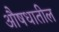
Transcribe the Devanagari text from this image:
औषधातील